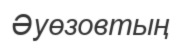
Әуөзовтың